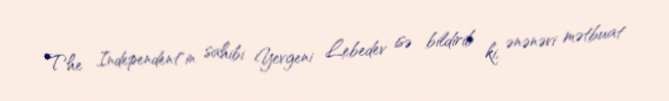
The Independent"in sahibi Yevgeni Lebedev isə bildirib ki, ənənəvi mətbuat